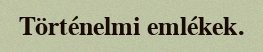
Történelmi emlékek.